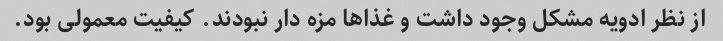
از نظر ادویه مشکل وجود داشت و غذا‌ها مزه دار نبودند. کیفیت معمولی بود.